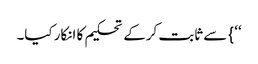
‘‘} سے ثابت کرکے تحکیم کا انکار کیا۔